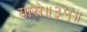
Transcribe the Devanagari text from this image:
यासे॥३५॥